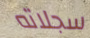
سجلاته